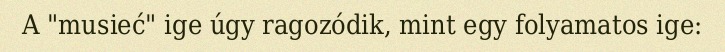
A "musieć" ige úgy ragozódik, mint egy folyamatos ige: